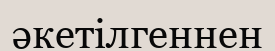
әкетілгеннен